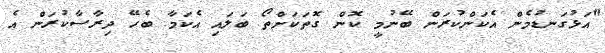
"އަޅުގަނޑުމެން އެކަންކުރަން ބޭނުމީ ކޮން ގޮތަކަށްތޯ ބަލައި އެކަމާ ބެހޭ ދިރާސާކުރަން އެ